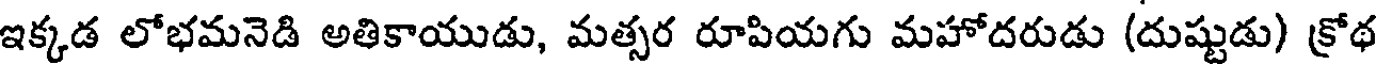
ఇక్కడ లోభమనెడి అతికాయుడు, మత్సర రూపియగు మహోదరుడు (దుష్టుడు) క్రోథ